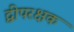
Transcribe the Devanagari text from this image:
द्वीपरक्षक